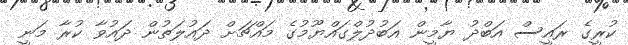
ކުރީގެ ރައީސް އަބްދު ޔާމީން އަބުދުލްގައްޔޫމުގެ މައްޗަށް ދައުލަތުން ދައުވާ ކުރާ މަނީ